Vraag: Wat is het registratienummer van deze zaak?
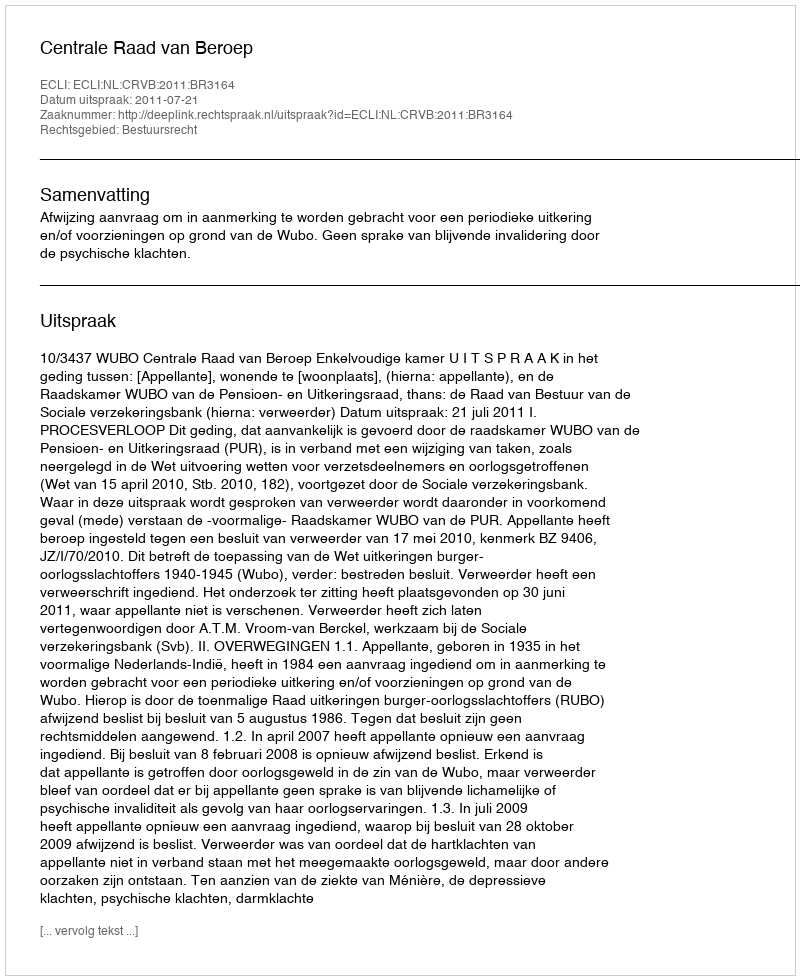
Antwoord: http://deeplink.rechtspraak.nl/uitspraak?id=ECLI:NL:CRVB:2011:BR3164